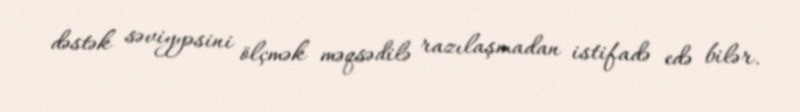
dəstək səviyyəsini ölçmək məqsədilə razılaşmadan istifadə edə bilər.